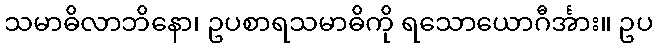
သမာဓိလာဘိနော၊ ဥပစာရသမာဓိကို ရသောယောဂီင်္အား။ ဥပ